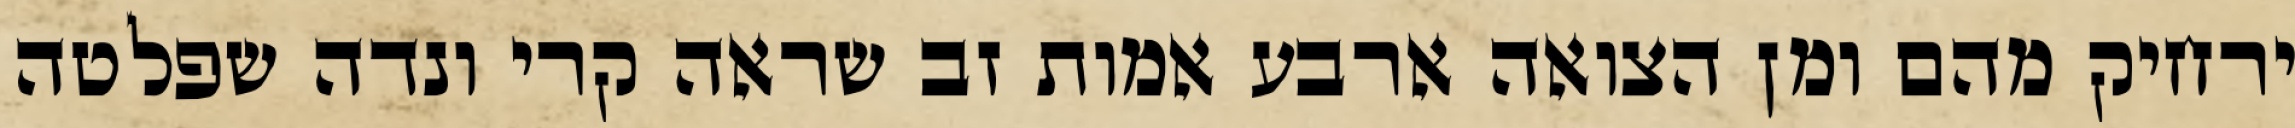
ירחיק מהם ומן הצואה ארבע אמות זב שראה קרי ונדה שפלטה